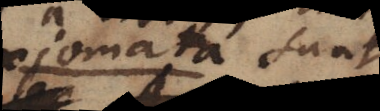
_mata sunt